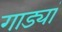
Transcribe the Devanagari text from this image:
गाड्यां